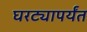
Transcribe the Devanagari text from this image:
घरट्यापर्यंत